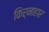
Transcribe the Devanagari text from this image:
किर्नाहार